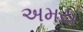
અમય